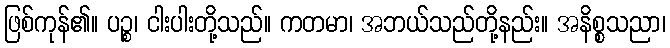
ဖြစ်ကုန်၏။ ပဉ္စ၊ ငါးပါးတို့သည်။ ကတမာ၊ အဘယ်သည်တို့နည်း။ အနိစ္စသညာ၊